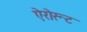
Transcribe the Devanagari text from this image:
ऐरोरूट